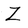
Character: Z